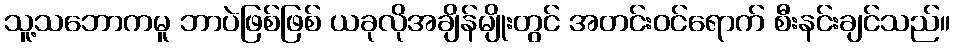
သူ့သဘောကမူ ဘာပဲဖြစ်ဖြစ် ယခုလိုအချိန်မျိုးတွင် အတင်းဝင်ရောက် စီးနင်းချင်သည်။